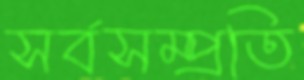
সর্বসম্প্রতি